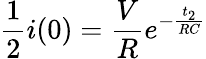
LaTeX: \frac{1}{2}i(0)=\frac{V}{R}e^{-\frac{t_{2}}{RC}}